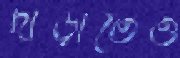
দাঁড়াতেও